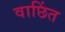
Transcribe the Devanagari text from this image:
वाछिंत